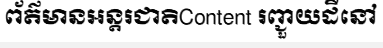
ព័ត៌មានអន្តរជាតិContent រញ្ជួយដីនៅ